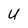
Character: U